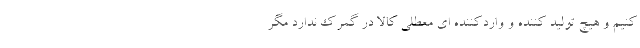
کنیم و هیچ تولید کننده و واردکننده ای معطلی کالا در گمرک ندارد مگر